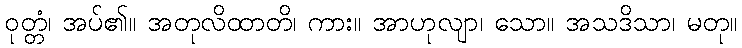
ဝုတ္တံ၊ အပ်၏။ အတုလိထာတိ၊ ကား။ အာဟုလျာ၊ သော။ အသဒိသာ၊ မတု။